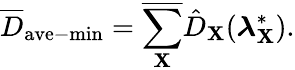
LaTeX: \overline{{D}}_{\mathrm{ave-min}}=\overline{{\sum_{\mathbf{X}}}}\hat{D}_{\mathbf{X}}(\boldsymbol{\lambda}_{\mathbf{X}}^{*}).